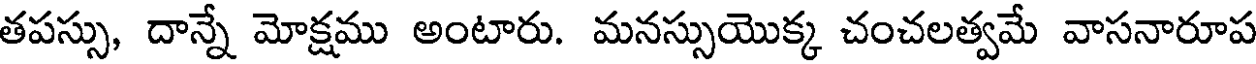
తపస్సు, దాన్నే మోక్షము అంటారు. మనస్సుయొక్క చంచలత్వమే వాసనారూప